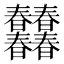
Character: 𣌠